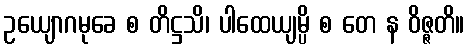
ဥယျောဂမုခေ စ တိဋ္ဌသိ၊ ပါထေယျမ္ပိ စ တေ န ဝိဇ္ဇတိ။